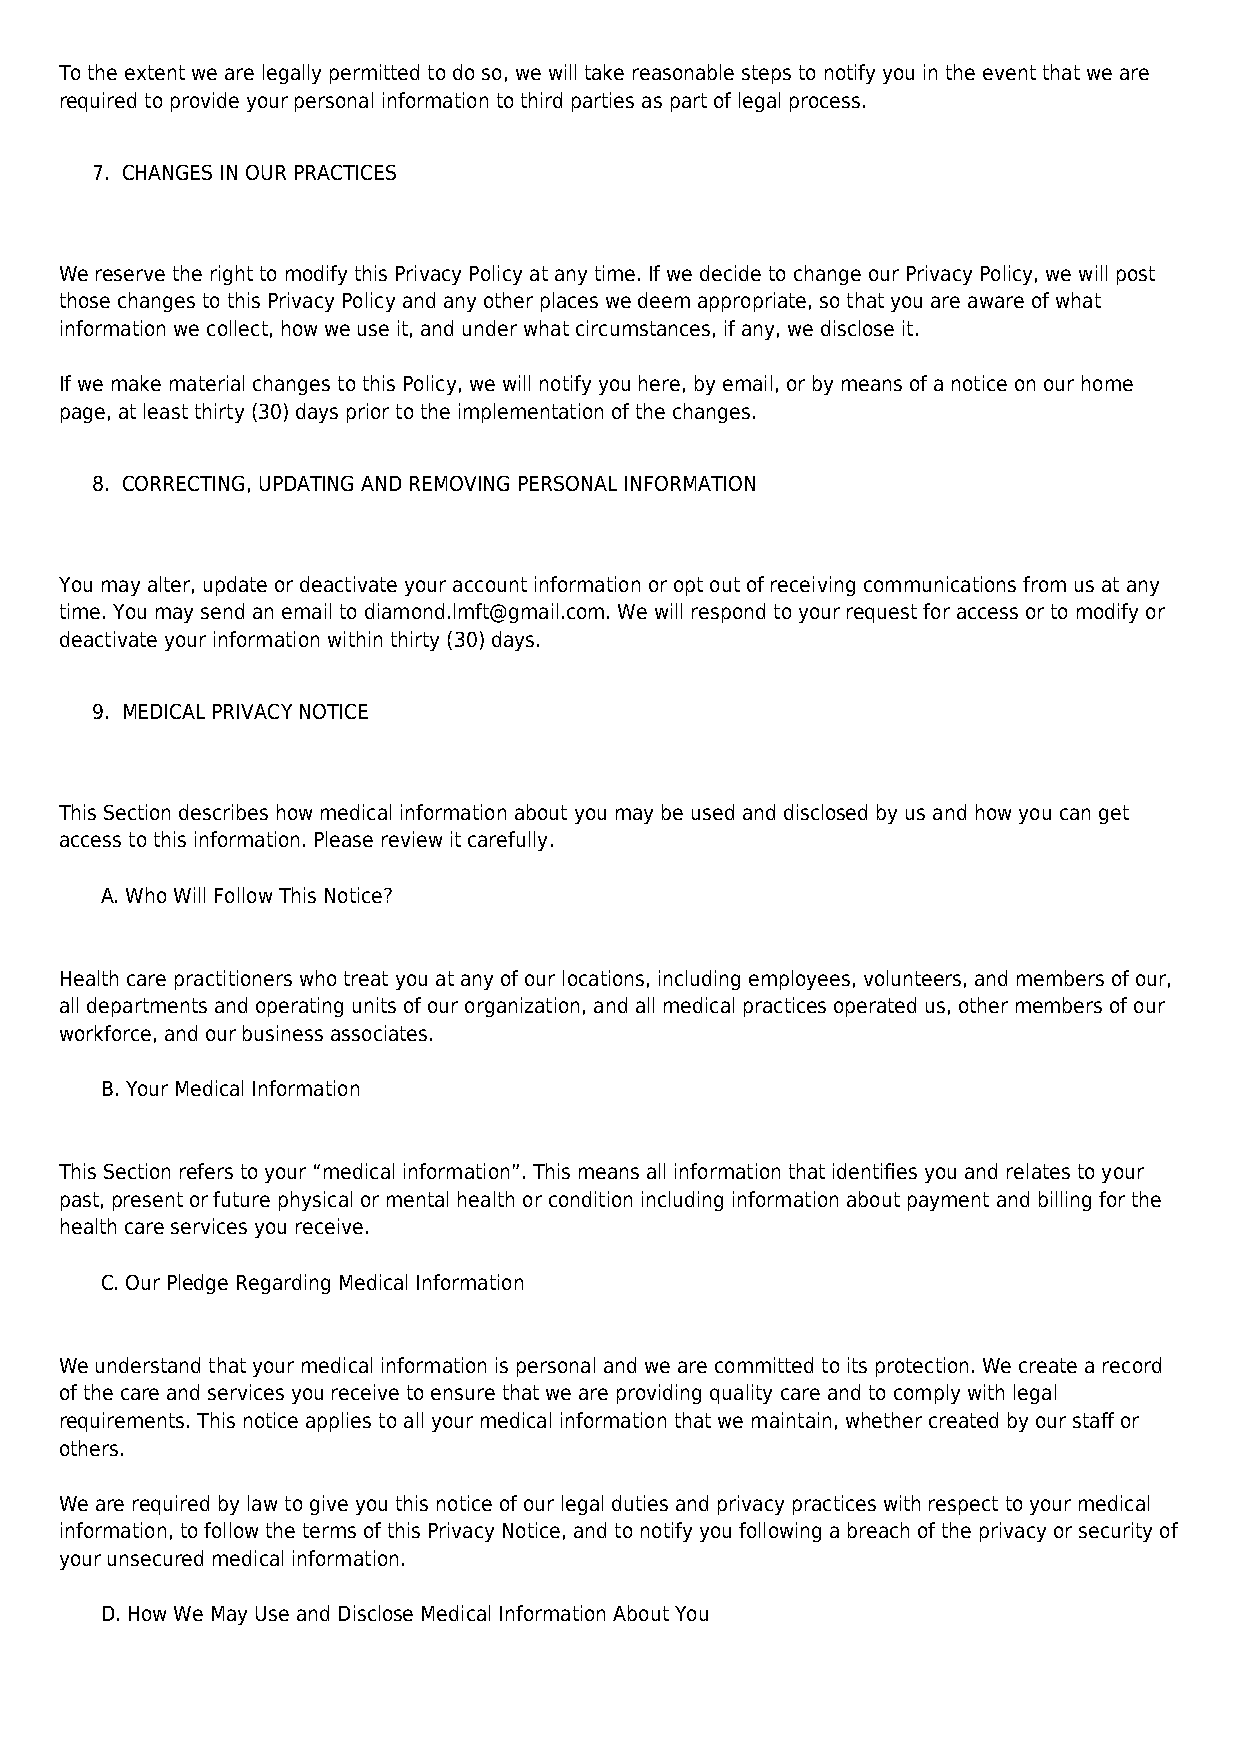
To the extent we are legally permitted to do so, we will take reasonable steps to notify you in the event that we are
 required to provide your personal information to third parties as part of legal process.
 7. CHANGES IN OUR PRACTICES
 We reserve the right to modify this Privacy Policy at any time. If we decide to change our Privacy Policy, we will post
 those changes to this Privacy Policy and any other places we deem appropriate, so that you are aware of what
 information we collect, how we use it, and under what circumstances, if any, we disclose it.
 If we make material changes to this Policy, we will notify you here, by email, or by means of a notice on our home
 page, at least thirty (30) days prior to the implementation of the changes.
 8. CORRECTING, UPDATING AND REMOVING PERSONAL INFORMATION
 You may alter, update or deactivate your account information or opt out of receiving communications from us at any
 time. You may send an email to diamond.lmft@gmail.com. We will respond to your request for access or to modify or
 deactivate your information within thirty (30) days.
 9. MEDICAL PRIVACY NOTICE
 This Section describes how medical information about you may be used and disclosed by us and how you can get
 access to this information. Please review it carefully.
 A. Who Will Follow This Notice?
 Health care practitioners who treat you at any of our locations, including employees, volunteers, and members of our,
 all departments and operating units of our organization, and all medical practices operated us, other members of our
 workforce, and our business associates.
 B. Your Medical Information
 This Section refers to your “medical information”. This means all information that identifies you and relates to your
 past, present or future physical or mental health or condition including information about payment and billing for the
 health care services you receive.
 C. Our Pledge Regarding Medical Information
 We understand that your medical information is personal and we are committed to its protection. We create a record
 of the care and services you receive to ensure that we are providing quality care and to comply with legal
 requirements. This notice applies to all your medical information that we maintain, whether created by our staff or
 others.
 We are required by law to give you this notice of our legal duties and privacy practices with respect to your medical
 information, to follow the terms of this Privacy Notice, and to notify you following a breach of the privacy or security of
 your unsecured medical information.
 D. How We May Use and Disclose Medical Information About You